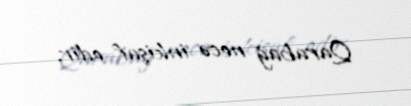
Qarabağ necə inkişaf edir.